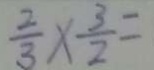
\frac { 2 } { 3 } \times \frac { 3 } { 2 } =